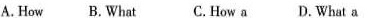
A.How B.What C.How a D.What a